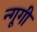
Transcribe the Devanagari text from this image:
न्गूगी